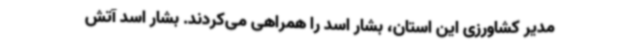
مدیر کشاورزی این استان، بشار اسد را همراهی می‌کردند. بشار اسد آتش